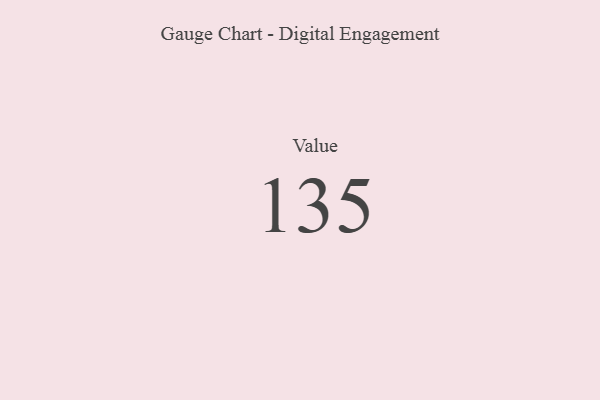
{"axis": {"x": "Metric", "y": "Value"}, "legend": [""], "data": [{"x": "Value", "y": 135, "type": ""}]}